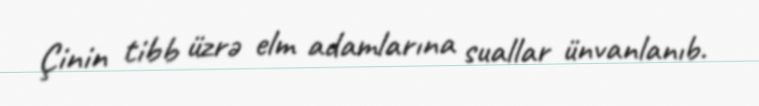
Çinin tibb üzrə elm adamlarına suallar ünvanlanıb.